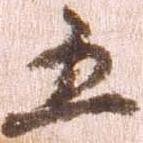
五